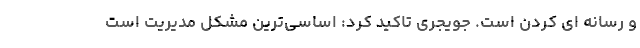
و رسانه ای کردن است. جویجری تاکید کرد: اساسی‌ترین مشکل مدیریت است